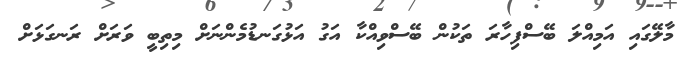
މާލޭގައި އަމިއްލަ ބޭސްފިހާރަ ތަކުން ބޭސްވިއްކާ އަގު އަޅުގަނޑުމެންނަށް މިތިބީ ވަރަށް ރަނގަޅަށް